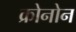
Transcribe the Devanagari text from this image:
क्रोनोन